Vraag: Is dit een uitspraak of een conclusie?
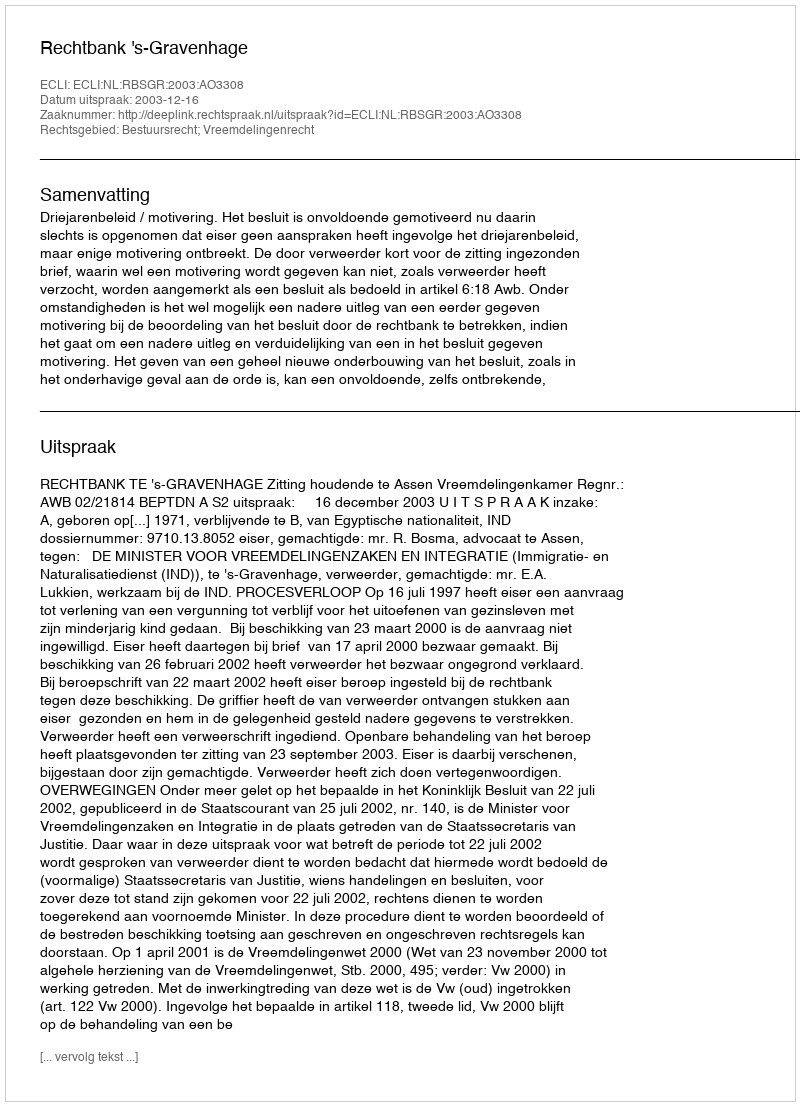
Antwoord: Uitspraak